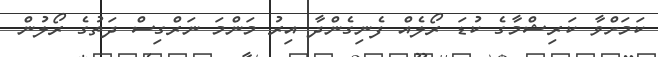
ކަމަށްވާ ކަރިޝްމާގެ ކުޑަ ރޯލެއް ފެނިގެންދާ އިރު މަންމަ ނަރްގިސް ދަތުގެ ރޯލުން